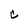
Character: C